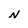
Character: N